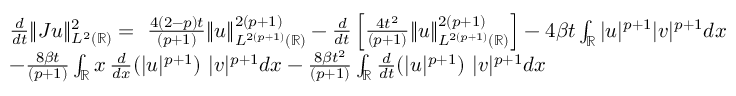
\begin{array} { r l } & { \frac { d } { d t } \| J u \| _ { L ^ { 2 } ( \mathbb { R } ) } ^ { 2 } = \ \frac { 4 ( 2 - p ) t } { ( p + 1 ) } \| u \| _ { L ^ { 2 ( p + 1 ) } ( \mathbb { R } ) } ^ { 2 ( p + 1 ) } - \frac { d } { d t } \left[ \frac { 4 t ^ { 2 } } { ( p + 1 ) } \| u \| _ { L ^ { 2 ( p + 1 ) } ( \mathbb { R } ) } ^ { 2 ( p + 1 ) } \right] - 4 \beta t \int _ { \mathbb { R } } | u | ^ { p + 1 } | v | ^ { p + 1 } d x } \\ { \ } & { - \frac { 8 \beta t } { ( p + 1 ) } \int _ { \mathbb { R } } x \, \frac { d } { d x } ( | u | ^ { p + 1 } ) \ | v | ^ { p + 1 } d x - \frac { 8 \beta t ^ { 2 } } { ( p + 1 ) } \int _ { \mathbb { R } } \frac { d } { d t } ( | u | ^ { p + 1 } ) \ | v | ^ { p + 1 } d x } \end{array}